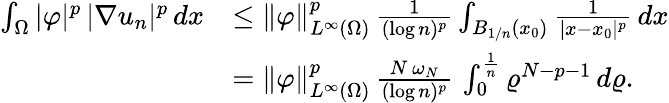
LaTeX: \begin{array}{rl}{\int_{\Omega}|\varphi|^{p}\, |\nabla u_{n}|^{p}\, dx}&{\le\| \varphi\| _{L^{\infty}(\Omega)}^{p}\, \frac{1}{(\log n)^{p}}\int_{B_{1/n}(x_{0})}\frac{1}{|x-x_{0}|^{p}}\, dx}\\ &{=\| \varphi\| _{L^{\infty}(\Omega)}^{p}\, \frac{N\, \omega_{N}}{(\log n)^{p}}\, \int_{0}^{\frac{1}{n}}\varrho^{N-p-1}\, d\varrho.}\end{array}